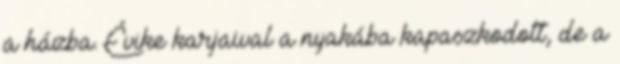
a házba. Évike karjaival a nyakába kapaszkodott, de a